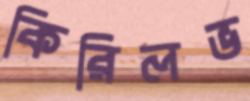
কিরিলভ